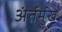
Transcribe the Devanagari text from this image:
अंर्तर्मुख